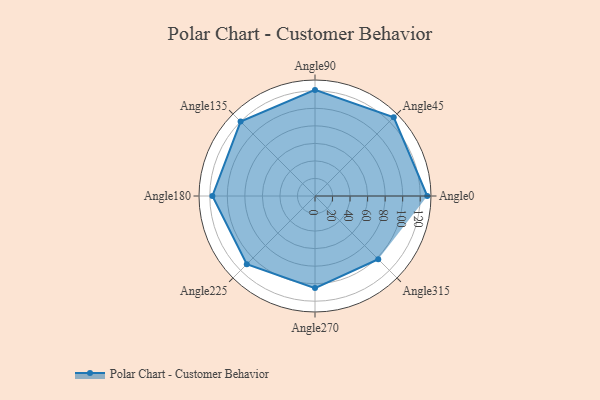
{"axis": {"x": "Angle", "y": "Radius"}, "legend": [""], "data": [{"x": "Angle0", "y": 128.0, "type": ""}, {"x": "Angle45", "y": 127.0, "type": ""}, {"x": "Angle90", "y": 121.0, "type": ""}, {"x": "Angle135", "y": 120.0, "type": ""}, {"x": "Angle180", "y": 117.0, "type": ""}, {"x": "Angle225", "y": 110.0, "type": ""}, {"x": "Angle270", "y": 105.0, "type": ""}, {"x": "Angle315", "y": 102.0, "type": ""}]}